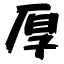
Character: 厚